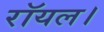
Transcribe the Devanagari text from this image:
रॉयल।